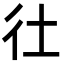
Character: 𢓂